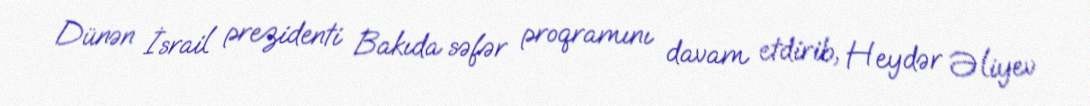
Dünən İsrail prezidenti Bakıda səfər proqramını davam etdirib, Heydər Əliyev